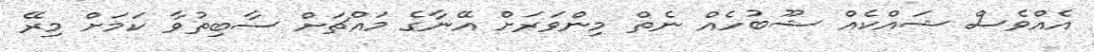
އެއްވެސް ޝައްކެއް ޝޫބުހެއް ނެތް މިންވަރަށް އޭނާގެ މައްޗަށް ސާބިތުވާ ކަމަށް މިރޭ